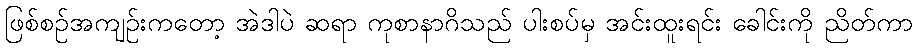
ဖြစ်စဉ်အကျဉ်းကတော့ အဲဒါပဲ ဆရာ ကုစာနာဂိသည် ပါးစပ်မှ အင်းထူးရင်း ခေါင်းကို ညိတ်ကာ